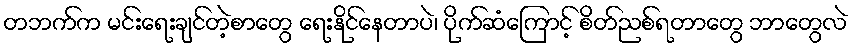
တဘက်က မင်းရေးချင်တဲ့စာတွေ ရေးနိုင်နေတာပဲ၊ ပိုက်ဆံကြောင့် စိတ်ညစ်ရတာတွေ ဘာတွေလဲ